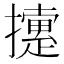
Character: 𢷐